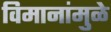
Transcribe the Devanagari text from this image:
विमानांमुळे